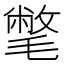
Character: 𣰉